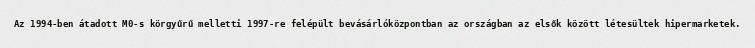
Az 1994-ben átadott M0-s körgyűrű melletti 1997-re felépült bevásárlóközpontban az országban az elsők között létesültek hipermarketek.